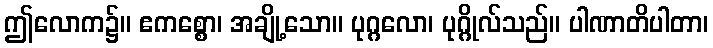
ဤလောက၌။ ဧကစ္စော၊ အချို့သော။ ပုဂ္ဂလော၊ ပုဂ္ဂိုလ်သည်။ ပါဏာတိပါတာ၊